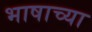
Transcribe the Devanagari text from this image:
भाषाच्या